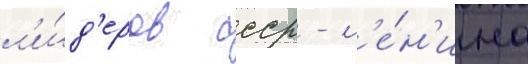
л'и́д'еров ссср - л'е́н'ина